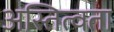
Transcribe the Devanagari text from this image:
अस्तित्वता